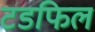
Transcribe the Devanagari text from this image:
टडफिल